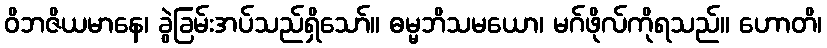
ဝိဘဇိယမာနေ၊ ခွဲခြမ်းအပ်သည်ရှိသော်။ ဓမ္မဘိသမယော၊ မဂ်ဖိုလ်ကိုရသည်။ ဟောတိ၊